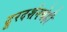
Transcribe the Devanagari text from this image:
दूरदर्शनचेही